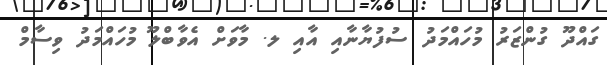
ގައްދޫ ގުންޒަރު މުހައްމަދު ސުފުޔާނާއި އާއި ލ. މާވަށް އެވާބްލޫ މުހައްމަދު ވިސާމް